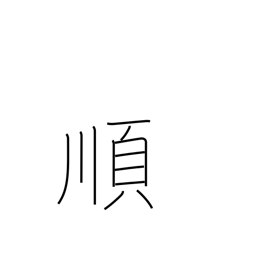
Meaning: obey